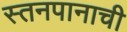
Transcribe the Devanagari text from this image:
स्तनपानाची